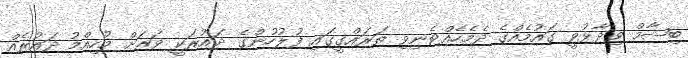
ބިޝާމް ވިދާޅުވީ ގައުމެއްގެ ދެމެހެއްޓެނިވި ތަރައްގީގައި ފުލުހުންގެ ދައުރަކީ ވަރަށް މުހިއްމު ދައުރެއް